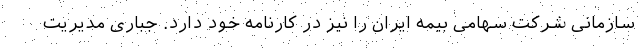
سازمانی شرکت سهامی بیمه ایران را نیز در کارنامه خود دارد. جباری مدیریت